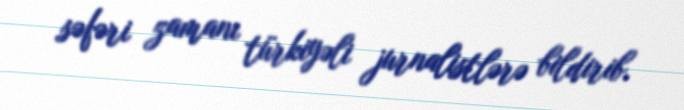
səfəri zamanı türkiyəli jurnalistlərə bildirib.